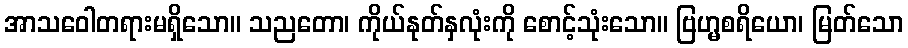
အာသဝေါတရားမရှိသော။ သညတော၊ ကိုယ်နုတ်နှလုံးကို စောင့်သုံးသော။ ဗြဟ္မစရိယော၊ မြတ်သော